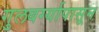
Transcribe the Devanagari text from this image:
गुलबर्ग्यापासून